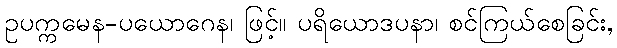
ဥပက္ကမေန-ပယောဂေန၊ ဖြင့်။ ပရိယောဒပနာ၊ စင်ကြယ်စေခြင်း,